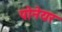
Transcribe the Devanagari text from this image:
पोनेयर